Vital statistics of India. Vol. IV, Annual returns from 1871 to 1876. British Army of India, Native Army and jails of Bengal
Year: 1871
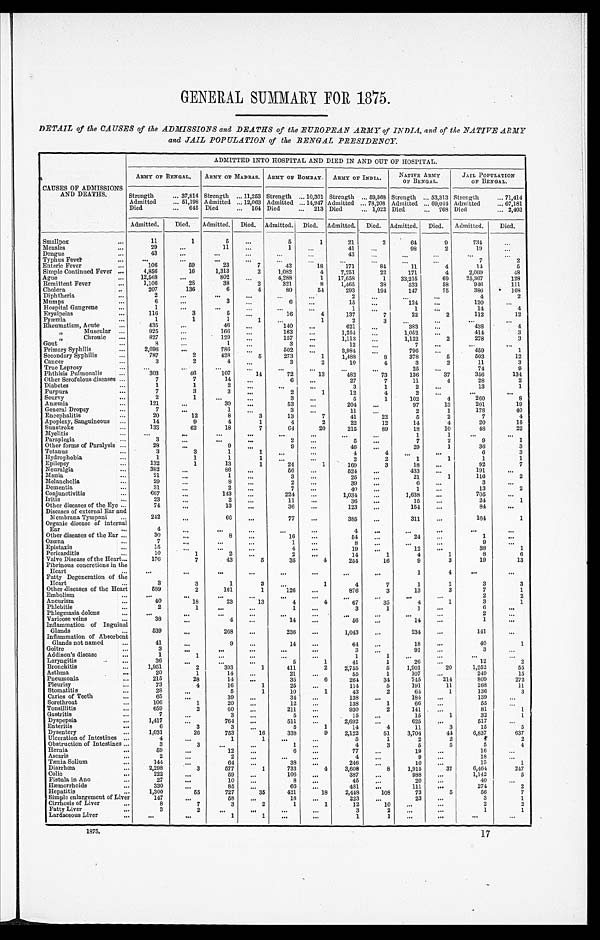
GENERAL SUMMARY FOR 1875.
DETAIL of the CAUSES of the ADMISSIONS and DEATHS of the EUROPEAN ARMY of INDIA, and of the NATIVE ARMY
and JAIL POPULATION of the BENGAL PRESIDENCY.
CAUSES OF ADMISSIONS
AND DEATHS.
ADMITTED INTO HOSPITAL AND DIED IN AND OUT OF HOSPITAL.
ARMY OF BENGAL.
ARMY OF MADRAS.
ARMY OF BOMBAY. ARMY OF INDIA.
NATIVE ARMY
OF BENGAL.
JAIL POPULATION
OF BENGAL.
S t r e n g t h ... 37,814 Strength ... 11,253
S t r e n g t h ... 10,301
S t r e n g t h
... 59,368
S t r e n g t h
... 53,313
S t r e n g t h ... 71,414
Admitted
... 51,198 Admitted ... 12,063
A d m i t t e d ... 14,947
A d m i t t e d ... 78,208
A d m i t t e d ... 69,044
A d m i t t e d ... 67,181
Died
... 645 Died
... 164
D i e d ... 213
D i e d ... 1,022
D i e d ... 768
D i e d ... 2,403
Admitted.
Died. Admitted. Died.
A d m i t t e d . Died.
A d m i t t e d .
Died.
A d m i t t e d . Died.
A d m i t t e d . Died.
Smallpox
...
11
1
5
...
5
1
21
2
64
9
734
...
Measles
....
29
...
11
. . .
1
...
41
...
98
2
19
...
Dengue
...
43
...
...
...
...
43
...
...
...
...
...
Typhus Fever
...
...
. . .
...
. . .
...
. . .
...
...
. . .
...
7
2
Enteric Fever
...
106
59
23
7
42
18
171
84
11
4
14
5
Simple Continued Fever ...
4,856
16
1,313
2
1,032
4
7,251
22
171
4
2,069
48
Ague
...
12,568
...
802
. . .
4,288
1
17,658
1
33,215
69
25,367
128
Remittent Fever
...
1,106
28
38
2
321
8
1,465
33
533
58
946
111
Cholera
...
207
136
6
4
80
5 4
293
194
147
75
386
168
Diphtheria
...
2
. . .
. . .
...
...
...
2
. . .
. . . ...
4
2
Mumps
...
6
...
3
. . .
6
...
15
. . .
124
. . .
120
. . .
Hospital Gangrene
...
1
. . .
...
...
...
. . .
1
. . .
1
...
14
4
Erysipelas
...
116
3
5
...
16
4
137
7
22
2
112
12
Pyæmia
...
1
1
1
1
...
1
2
3
...
...
...
...
Rheumatism, Acute
...
435
...
46
...
140
. . .
621
. . .
383
...
4 3 8
4
, , M u s c u l a r
...
925
...
166
. . .
163
...
1, 254
. . .
1,052
...
414
3
, , C h r o n i c
...
827
...
129
. . .
157
...
1,113
...
...
1,122
2
278
3
Gout
...
8
. . .
1
. . .
3
...
12
...
7
...
. . .
. . .
Primary Syphilis
...
2,696
...
786
. . .
502
. . .
3,984
. . .
796
. . .
459
1
Secondary Syphilis
...
787
2
428
5
273
1
1,488
8
378
5
503
12
Cancer
...
3
2 4
. . .
3
2
10
4
3
2
11
3
True Leprosy
...
...
...
...
. . .
...
. . .
. . .
. . .
25
...
74
9
Phthisis Pulmonalis
...
303
46
107
1 4
72
1 3
482
7 3
136
37
356
134
Other Scrofulous diseases ...
7
7
14
. . .
6
...
27
7
11
4
28
2
Diabetes
...
1
1
2
...
...
...
3
1
2
...
13
1
Purpura
...
7
3
3
...
2
1
12
4
2
. . .
. . .
. . .
Scurvy
...
2
1
...
. . .
3
. . .
5
1
102
4
260
8
Anæmia
...
121
...
30
...
53
. . .
204
...
97
13
201
19
General Dropsy
...
7
...
1
. . .
3
. . .
11
...
2
1
178
40
Encephalitis
...
20
12
8
3
13
7
41
22
5
2
7
4
Apoplexy, Sanguineous ...
14
9
4
1
4
2
22
12
14
4
20
15
Sunstroke
...
1 3 8
62
18
7
64
20
215
89
18
10
48
22
Myelitis
...
...
. . .
...
. . .
...
. . .
. . .
...
1
1
...
...
Paraplegia
...
3
...
. . . ...
2
...
5
. . .
7
2
9
1
Other forms of Paralysis ...
28
. . .
9
...
9
...
46
...
29
1
36
3
Tetanus
...
3
3
1
1
...
...
4
4
. . .
. . .
6
3
Hydrophobia
...
1
1
1
1
...
. . .
2
2
1
1
1
1
Epilepsy
...
132
1
13
1
24
1
169
3
18
...
92
7
Neuralgia
...
382
...
86
...
56
...
524
...
433
. . .
191
. . .
Mania
...
21
...
1
...
3
. . .
25
...
21
1
116
2
Melancholia
...
29
. . .
8
. . .
2
. . .
39
...
6
. .
3
. . .
Dementia
...
31
...
2
. .
7
. .
40
. . .
1
...
13
2
Conjunctivitis
...
667
...
143
...
224
...
1,034
. . .
1,638
...
705
. . .
Iritis
...
23
...
2
...
11
...
36
...
15
...
24
1
Other diseases of the Eye ...
74
...
13
...
36
...
123
...
154
...
84
. . .
Diseases of external Ear and
242
. . .
66
...
77
...
385
...
311
. . .
164
1
Membrana Tympani ...
Organic disease of internal
4
...
. . . ...
...
. . .
4
...
...
. . .
. . .
. . .
Ear
...
Other diseases of the Ear ...
30
. . .
8
.. .
16
...
54
...
24
...
1
. . .
Oz œna
...
7
. . .
. . .
. . .
1
. . .
8
. . .
. . .
. . .
9
...
Epistaxis
...
15
...
...
...
4
...
19
...
12
. . .
38
1
Pericarditis
...
10
1
2
...
2
. . .
14
1
4
1
8
6
Valve Disease of the Heart
...
176
7
43
5
35
4
254
16
9
3
19
13
Fibrinous concretions in the
...
...
...
...
...
...
. . .
...
1
4
. . .
...
Heart
...
Fatty Degeneration of the
3
3
1
3
...
1
4
7
1
1
3
3
Heart
...
Other diseases of the Heart
589
2
161
1
126
...
876
3
13
3
7
1
Embolism
...
...
. . .
...
...
...
...
...
...
. . .
. . .
2
2
Aneurism
...
40
18
23
13
4
4
67
35
4
1
3
1
Phlebitis
...
2
1
...
...
1
. . .
3
1
1
. . .
6
. . .
Phlegmasia dolens
...
. . .
. . . ...
. . .
...
...
...
. . .
. . .
. . .
2
...
Varicose veins
...
38
4
. . .
14
...
56
. . .
14
...
1
. . .
Inflammation of Inguinal
Glands
...
539
. . .
268
...
236
...
1,043
...
234
...
141
. . .
Inflammation of Absorbent
Glands not named
...
41
...
9
...
14
...
64
...
18
...
40
1
Goitre
...
3
...
...
...
...
...
3
...
91
. . .
3
...
Addison's disease
...
1
1
. . ....
. . .
. . .
1
1
...
...
. . .
...
Laryngitis
...
36
. . .
. . .
...
5
1
41
1
26
...
12
2
Bronchitis
...
1,951
2
393
1
411
2
2,755
5
1,901
20
1,252
55
Asthma
...
20
1
14
...
21
...
55
1
107
...
249
15
Pneumonia
...
215
28
14
...
35
6
264
34
745
214
809
272
Pleurisy
...
73
4
16
1
25
...
114
5
191
11
268
11
Stomatiti s
...
28
. . .
5
1
10
1
43
2
64
1
136
3
Caries of Teeth
...
65
. . .
39
...
34
...
138
...
184
...
139
...
Sorethroat
...
106
1
20
...
12
...
138
1
66
...
55
...
Tonsillitis
...
659
2
60
. . .
211
...
930
2
141
...
81
1
Gastritis
...
7
...
3
...
5
15
...
15
1
32
1
Dyspepsia
...
1,417
. . .
764
...
511
...
2,692
...
625
...
517
...
Enteritis
...
6
3
3
. . .
5
1
14
4
11
3
15
5
Dysentery
...
1,031
26
753
16
338
9
2,122
51
3,704
44
6,837
637
Ulceration of Intestines ...
4
. . .
1
1
...
...
5
1
2
2
4
2
Obstruction of Intestines ...
3
3
...
. . .
1
...
4
3
5
5
5
4
Hernia
...
59
...
12
...
6
. . .
77
...
19
...
16
...
Ascaris
...
2
...
2
. . .
...
...
4
. .
9
. . .
18
. . .
Tænia Solium
...
144
. . .
64
...
38
...
246
...
10
...
15
1
Diarrhœa
...
2,298
3
577
1
733
1
3,608
8
1,915
37
6,464
247
Colic
. . .
222
...
59
...
106
...
387
...
988
...
1,142
5
Fistula in Ano
...
27
. . .
10
...
8
...
45
20
...
40
. . .
Hæ morrhoids
. . .
330
. . .
85
...
66
...
481
...
111
...
274
2
Hepatitis
...
1,300
55
727
35
421
18
2,448
103
73
5
56
7
Simple enlargement of Liver
147
. . .
58
. . .
18
...
223
...
23
...
3
1
Cirrhosis of Liver
...
8
7
3
2
1
1
12
10
...
. . .
2
2
Fatty Liver
...
3
2
...
. . .
...
...
3
2
. . .
. . .
1
1
Lardaceous Liver
. . .
. . .
. . .
1
1
. . .
...
1
1
. . . ...
...
...
1875.
17